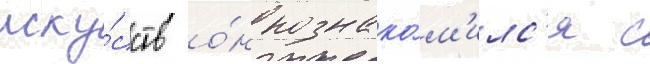
иску́сств о́н познако́м'илс'я с